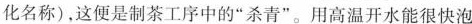
化名称)，这便是制茶工序中的”杀青”。用高温开水能很快泡